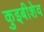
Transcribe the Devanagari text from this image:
कुइबीशेव